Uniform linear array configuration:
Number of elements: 48
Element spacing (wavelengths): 0.5
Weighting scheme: blackman
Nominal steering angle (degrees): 45
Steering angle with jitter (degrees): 43.377
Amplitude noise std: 0.05
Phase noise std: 0.05

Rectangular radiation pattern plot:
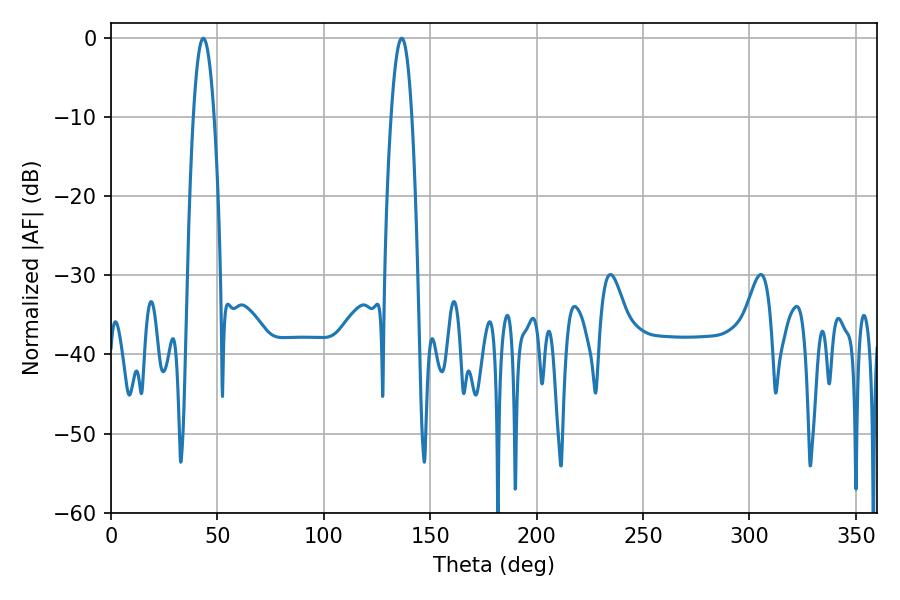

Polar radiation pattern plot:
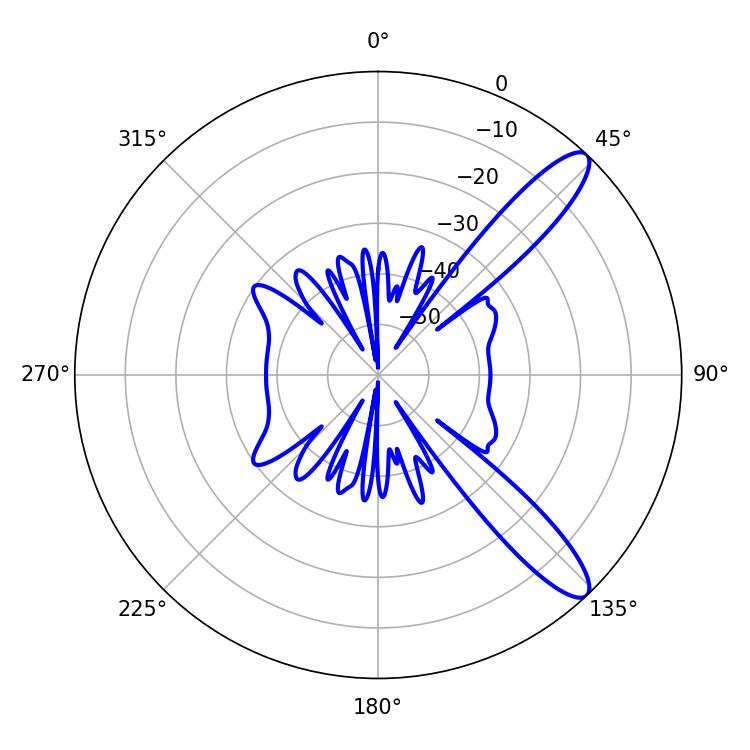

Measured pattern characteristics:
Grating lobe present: FALSE
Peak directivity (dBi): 11.58
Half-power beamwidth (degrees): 5.4
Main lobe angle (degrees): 43.38